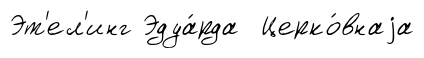
Эт'ел'инг Эдуа́рда Церко́внаjа